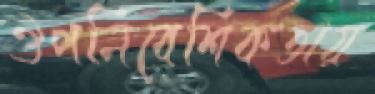
ঔপনিবেশিকতায়